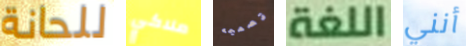
للحانة ملاكي تصميمه اللغة أنني